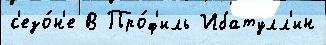
с'езо́н'е В Про́ф'иль Ибатулл'ин